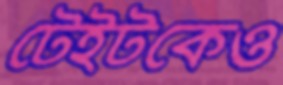
টেইটকেও